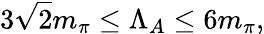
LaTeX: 3\sqrt{2}m_{\pi}\leq\Lambda_{A}\leq 6m_{\pi},